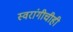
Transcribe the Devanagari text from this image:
स्वरांगीचीही